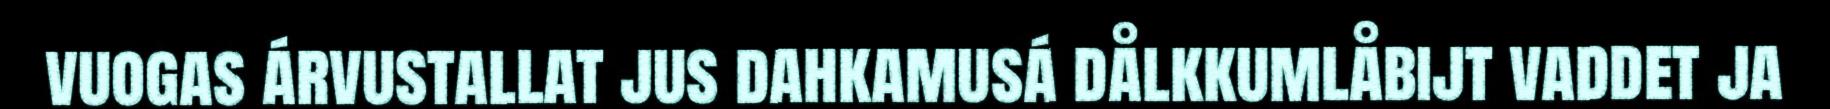
vuogas árvustallat jus dahkamusá dålkkumlåbijt vaddet ja